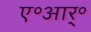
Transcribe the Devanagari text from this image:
ए॰आर्॰